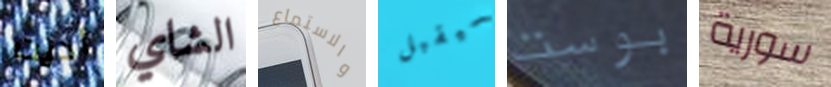
أديت الشاي والاستماع سيقبل بوست سورية